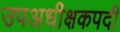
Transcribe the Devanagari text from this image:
उपअधीक्षकपदी